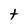
Character: t